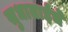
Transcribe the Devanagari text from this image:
सुधाताईंचे